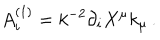
LaTeX: A _ { i } ^ { ( 1 ) } = k ^ { - 2 } \partial _ { i } X ^ { \mu } k _ { \mu } \, .